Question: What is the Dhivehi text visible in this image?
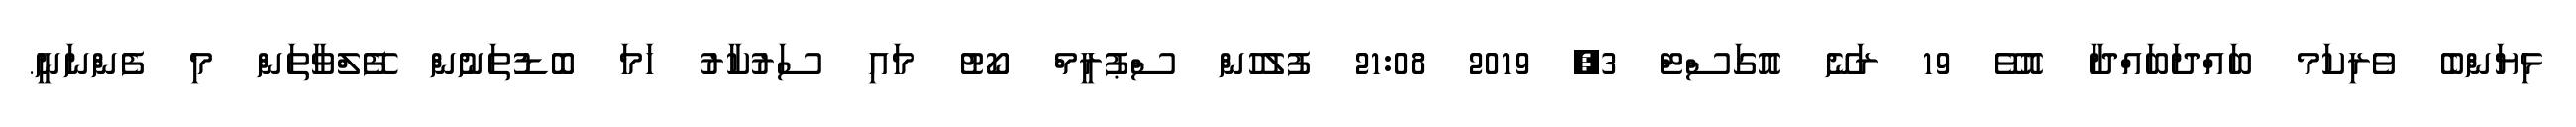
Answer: ޅިޔަންބެ ވެރިކަމ ބައްދަބައްދާ އޮވޭ 19 ރަނޭ އޮގަސްޓް 3, 2019 21:08 ފުލުހުން ސްޕުރީމް ކޯޓު މައި ސަރުކާރު ހަމަ ބޮޑުތަނުން ފޭލްވާތަން މި ފެންނަނީ.